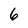
Character: 6